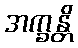
အက္ခန္တိ